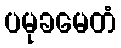
ပမုခမေတံ